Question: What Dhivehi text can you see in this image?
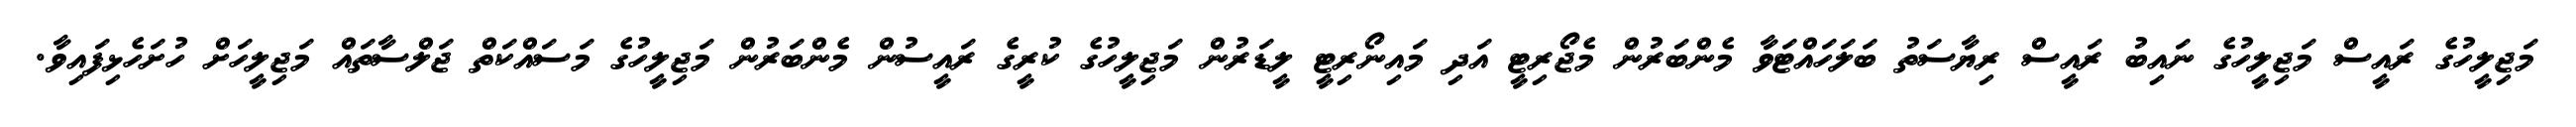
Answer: މަޖިލީހުގެ ރައީސް މަޖިލީހުގެ ނައިބު ރައީސް ރިޔާސަތު ބަލަހައްޓަވާ މެންބަރުން މެޖޯރިޓީ އަދި މައިނޯރިޓީ ލީޑަރުން މަޖިލީހުގެ ކުރީގެ ރައީސުން މެންބަރުން މަޖިލީހުގެ މަސައްކަތް ޖަލްސާތައް މަޖިލީހަށް ހުށަހެޅިފައިވާ.